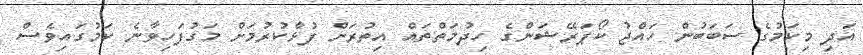
އަދި މިކަމުގެ ސަބަބުން ހައްޖު ކޯޕަރޭޝަންގެ ހިދުމަތްތައް އިތުރަށް ފުޅާކުރުމަށް މަގުފަހިވާނެ ކަމުގައިވެސް